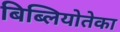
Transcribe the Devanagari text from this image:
बिब्लियोतेका